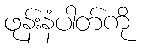
ဖုန်းနံပါတ်ကို